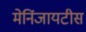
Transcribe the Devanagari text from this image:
मेनिंजायटीस